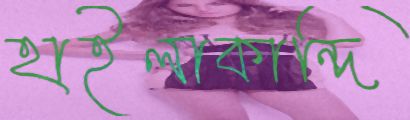
হাইলাকান্দি